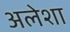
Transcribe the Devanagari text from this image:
अलेशा